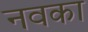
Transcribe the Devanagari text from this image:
नवका